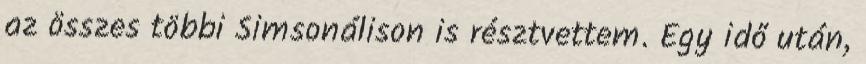
az összes többi Simsonálison is résztvettem. Egy idő után,